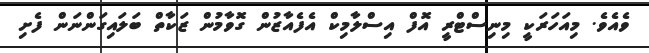
ވެއެވެ. މިއަހަރަކީ މިނިސްޓްރީ އޮފް އިސްލާމިކް އެފެއާޒުން ގޮވާމުން ޒަކާތް ބަލައިގަންނަން ފެށި